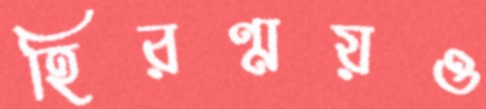
হিরণ্ময়ও